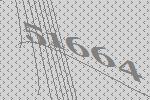
51664